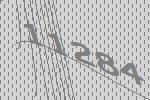
11284